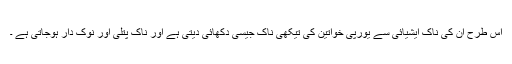
اس طرح ان کی ناک ایشیائی سے یورپی خواتین کی تیکھی ناک جیسی دکھائی دیتی ہے اور ناک پتلی اور نوک دار ہوجاتی ہے ۔